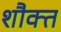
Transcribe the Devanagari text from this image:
शौक्त